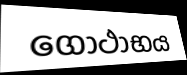
ගෝථාභය